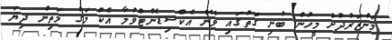
މަންޒަރުދުށް މީހުން ބުނި ގޮތުގައި ވޭން އެކްސިޑެންޓްވުމާ އެކު މަގު މަތިން ދިޔަ